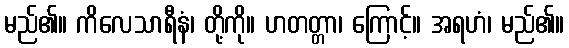
မည်၏။ ကိလေသာရီနံ၊ တို့ကို။ ဟတတ္တာ၊ ကြောင့်။ အရဟံ၊ မည်၏။